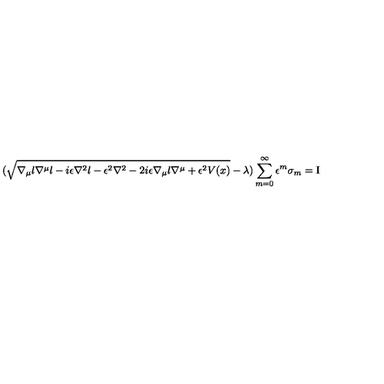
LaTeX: ( \sqrt { \nabla _ { \mu } l \nabla ^ { \mu } l - i \epsilon \nabla ^ { 2 } l - \epsilon ^ { 2 } \nabla ^ { 2 } - 2 i \epsilon \nabla _ { \mu } l \nabla ^ { \mu } + \epsilon ^ { 2 } V ( x ) } - \lambda ) \sum _ { m = 0 } ^ { \infty } \epsilon ^ { m } \sigma _ { m } = \mathrm { I }